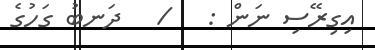
އިގިރޭސި ނަން :   /   ދަނބު ގަހުގެ